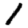
Digit: 1